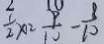
\frac { 1 } { 2 } \times 1 2 \frac { 9 } { 1 0 } - \frac { 8 } { 1 0 }